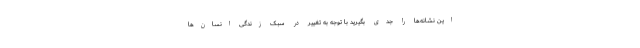
این نشانه‌ها را جدی بگیرید با توجه به تغییر در سبک زندگی انسان‌ها